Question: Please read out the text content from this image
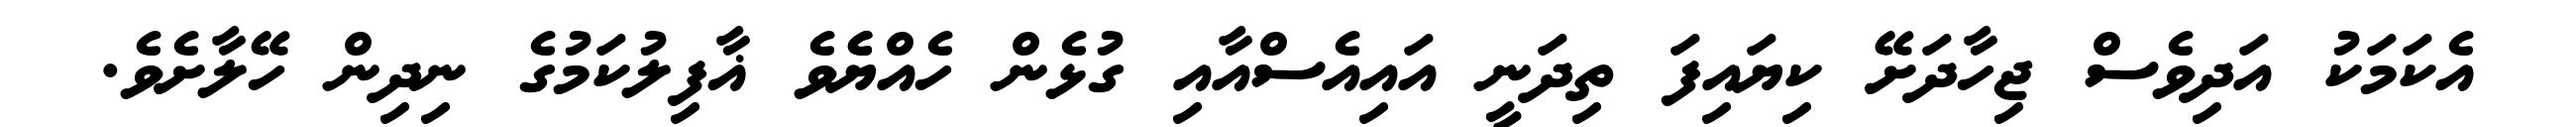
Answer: އެކަމަކު އަދިވެސް ޖިހާދަށޭ ކިޔައިފަ ތިދަނީ އައިއެސްއާއި ގުޅެން ހެއްޔެެވެ ޣާފިލުކަމުގެ ނިދިން ހޭލާށެވެ.